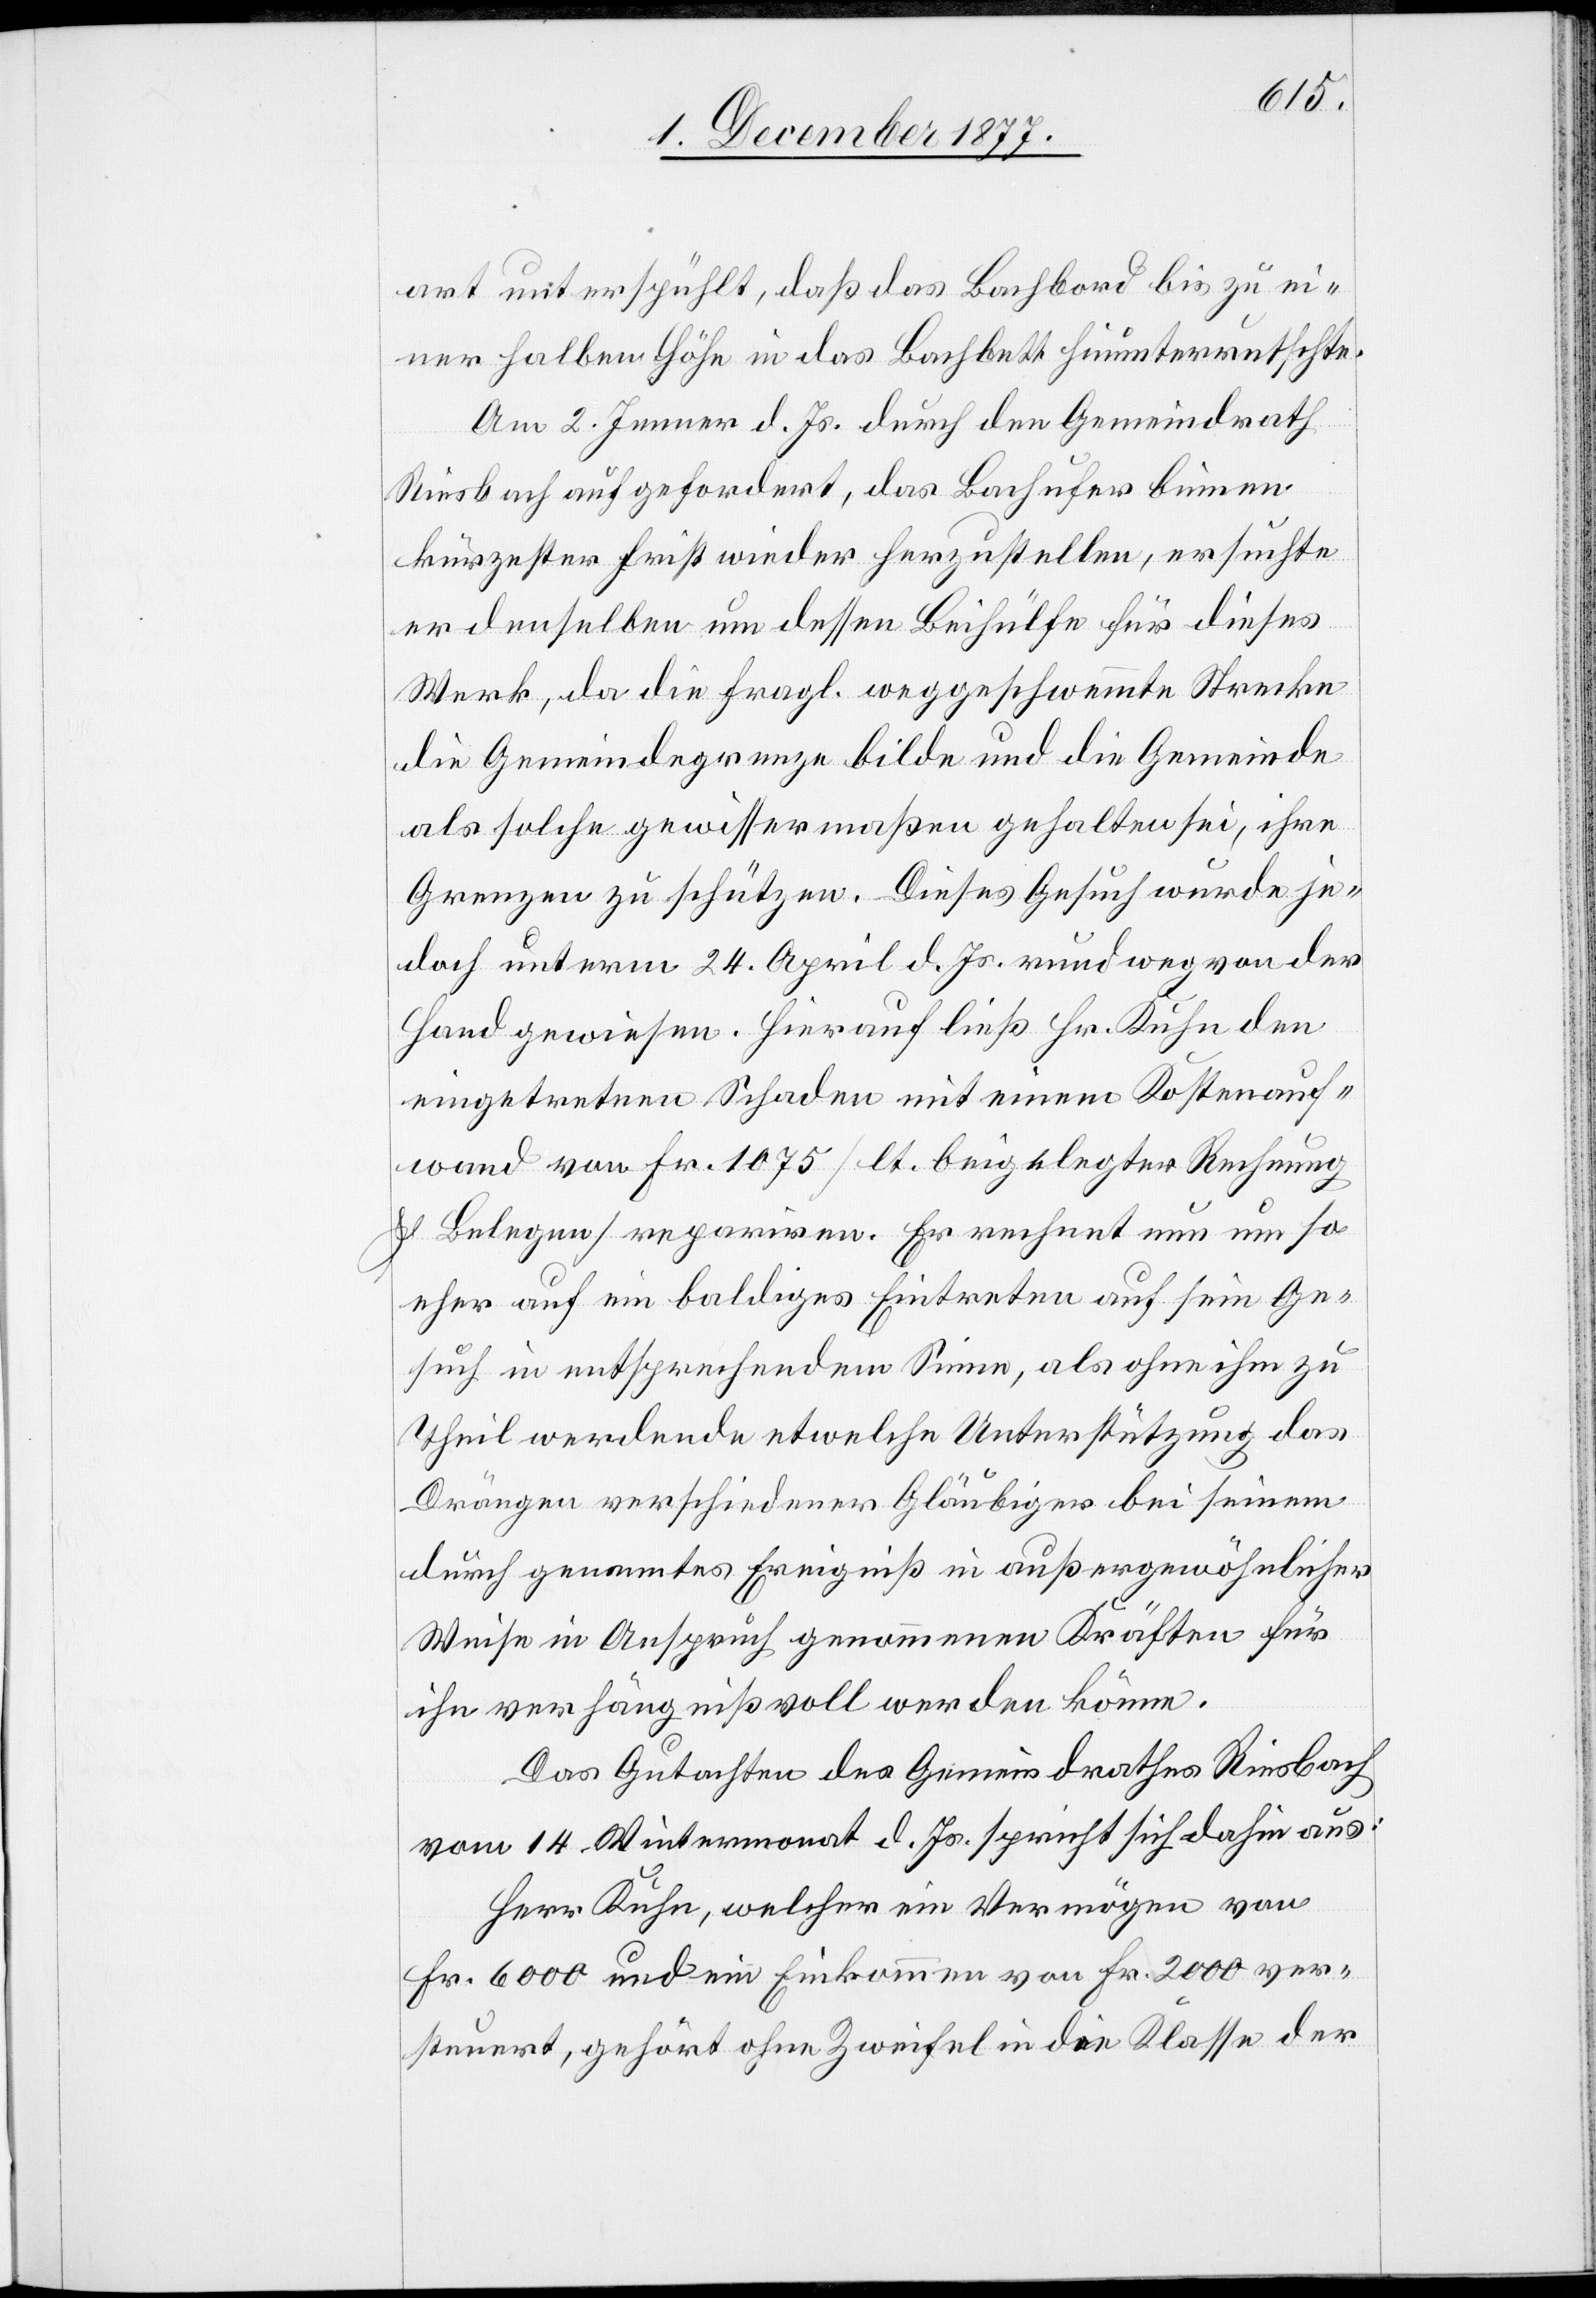
art unterspühlt, daß das Bachbord bis zu ei¬
ner halben Höhe in das Bachbett hinunterrutschte.
Am 2. Jenner d. Js. durch den Gemeindrath
Riesbach aufgefordert, das Bachufer binnen
kürzester Frist wieder herzustellen, ersuchte
er denselben um dessen Beihülfe für dieses
Werk, da die fragl. weggeschwemmte Strecke
die Gemeindegrenze bilde und die Gemeinde
als solche gewissermaßen gehalten sei, ihre
Grenzen zu schützen. Dieses Gesuch wurde je¬
doch unterm 24. April d. Js. rundweg von der
Hand gewiesen. Hierauf ließ Hr. Kuhn den
eingetretenen Schaden mit einem Kostenauf¬
wand von Fr. 1075 [lt. beigelegter Rechnung
& Belegen] repariren. Er rechnet nun um so
eher auf ein baldiges Eintreten auf sein Ge¬
such in entsprechendem Sinne, als ohne ihm zu
Theil werdende etwelche Unterstützung das
Drängen verschiedener Gläubiger bei seinem
durch genanntes Ereigniß in außergewöhnlicher
Weise in Anspruch genommenen Kräften für
ihn verhängnißvoll werden könne.
Das Gutachten des Gemeindrathes Riesbach
vom 14. Wintermonat d. Js. spricht sich dahin aus:
Herr Kuhn, welcher ein Vermögen von
Fr. 6000 und ein Einkommen von Fr. 2000 ver¬
steuert, gehört ohne Zweifel in die Klasse der